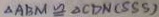
\Delta A B M \cong \Delta C D N ( S S S )